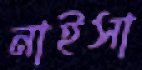
নাইসা